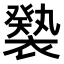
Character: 𧝚